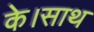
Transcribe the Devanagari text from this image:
के।साथ